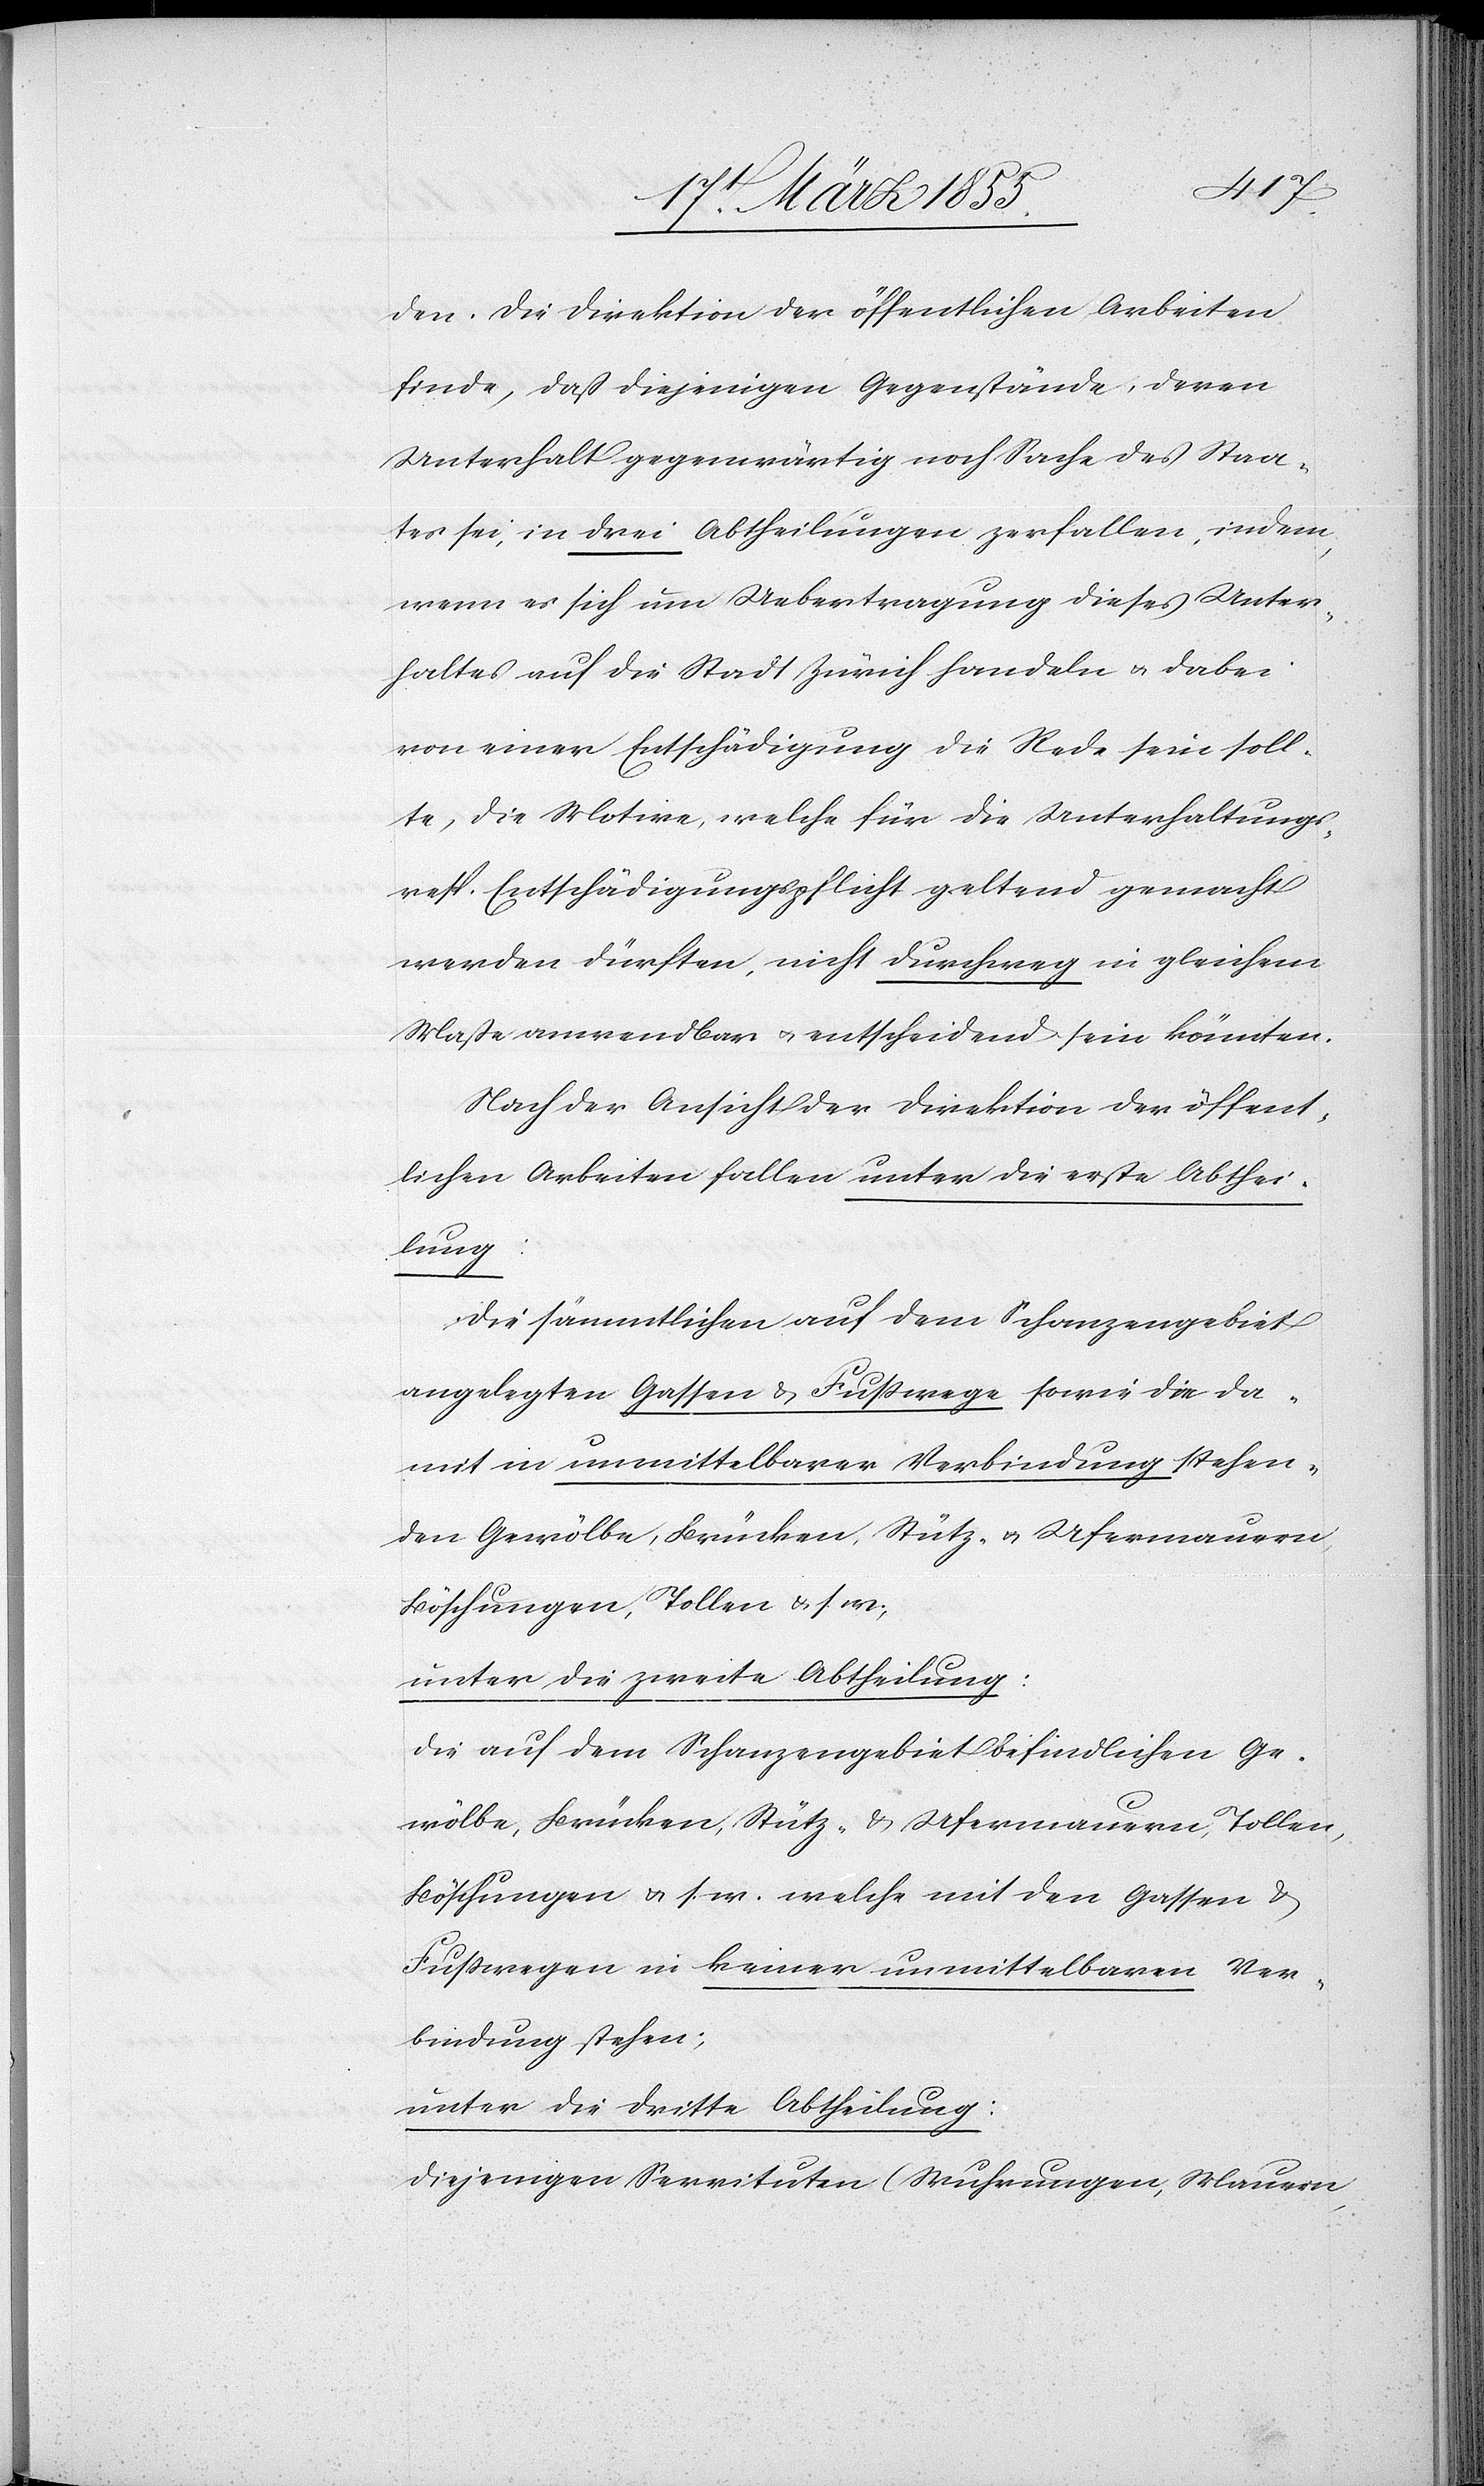
den. Die Direktion der öffentlichen Arbeiten
finde, daß diejenigen Gegenstände, deren
Unterhalt gegenwärtig noch Sache des Staa¬
tes sei, in drei Abtheilungen zerfallen, indem,
wenn es sich um Uebertragung dieses Unter¬
haltes auf die Stadt Zürich handeln & dabei
von einer Entschädigung die Rede sein soll¬
te, die Motive, welche für die Unterhaltungs-
resp. Entschädigungspflicht geltend gemacht
werden dürften, nicht durchweg in gleichem
Maße anwendbar & entscheidend sein könnten.
Nach der Ansicht der Direktion der öffent¬
lichen Arbeiten fallen unter die erste Abthei¬
lung:
die sämmtlichen auf dem Schanzengebiet
angelegten Gassen & Fußwege sowie die da¬
mit in unmittelbarer Verbindung stehen¬
den Gewölbe, Brücken, Stütz- & Ufermauern,
Böschungen, Tollen & s. w.,
unter die zweite Abtheilung:
die auf dem Schanzengebiet befindlichen Ge¬
wölbe, Brücken, Stütz- & Ufermauern, Tollen,
Böschungen & s. w. welche mit den Gassen &
Fußwegen in keiner unmittelbaren Ver¬
bindung stehen;
unter die dritte Abtheilung:
diejenigen Servituten (Wuhrungen, Mauern,